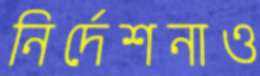
নির্দেশনাও